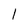
Character: 1